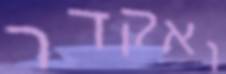
ואקדר